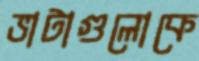
ভাটাগুলোকে